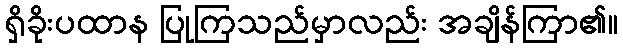
ရှိခိုးပထာန ပြုကြသည်မှာလည်း အချိန်ကြာ၏။